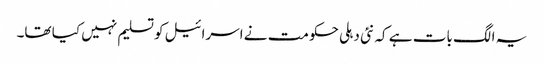
یہ الگ بات ہے کہ نئی دہلی حکومت نے اسرائیل کو تسلیم نہیں کیا تھا۔